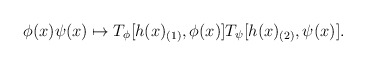
\begin{align*}\phi (x) \psi (x) \mapsto T_\phi [h(x)_{(1)}, \phi(x)]T_\psi [h(x)_{(2)}, \psi (x)].\end{align*}